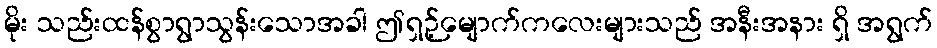
မိုး သည်းထန်စွာရွာသွန်းသောအခါ ဤရှဉ့်မျောက်ကလေးများသည် အနီးအနား ရှိ အရွက်